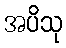
အပိသု